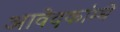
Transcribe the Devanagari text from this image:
आवेदकांम्धे